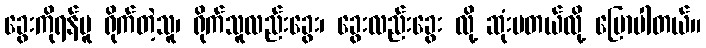
ခွေးကိုရန်မူ ရိုက်တဲ့သူ၊ ရိုက်သူလည်းခွေး၊ ခွေးလည်းခွေး လို့ ဆုံးမတယ်လို့ ပြောပါတယ်။